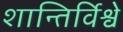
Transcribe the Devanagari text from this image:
शान्तिर्विश्वे